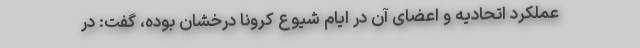
عملکرد اتحادیه و اعضای آن در ایام شیوع کرونا درخشان بوده، گفت: در